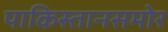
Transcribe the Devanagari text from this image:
पाकिस्तानसमोर